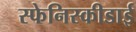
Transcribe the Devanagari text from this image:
स्फेनिस्कीडाई